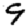
Digit: 9